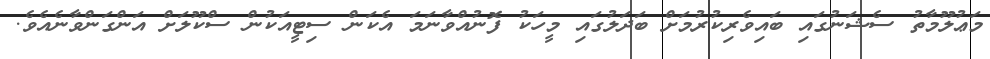
މަޢުލޫމާތު ސެޝަނުގައި ބައިވެރިކުރުމަށް ބަދަލުގައި މީހަކު ފޮނުއްވާނަމަ އެކަން ސިޓީއަކުން ސްކޫލަށް އަންގަންވާނެއެވެ.